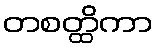
တစတ္ထိကာ